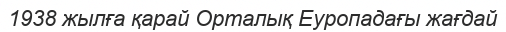
1938 жылға қарай Орталық Еуропадағы жағдай